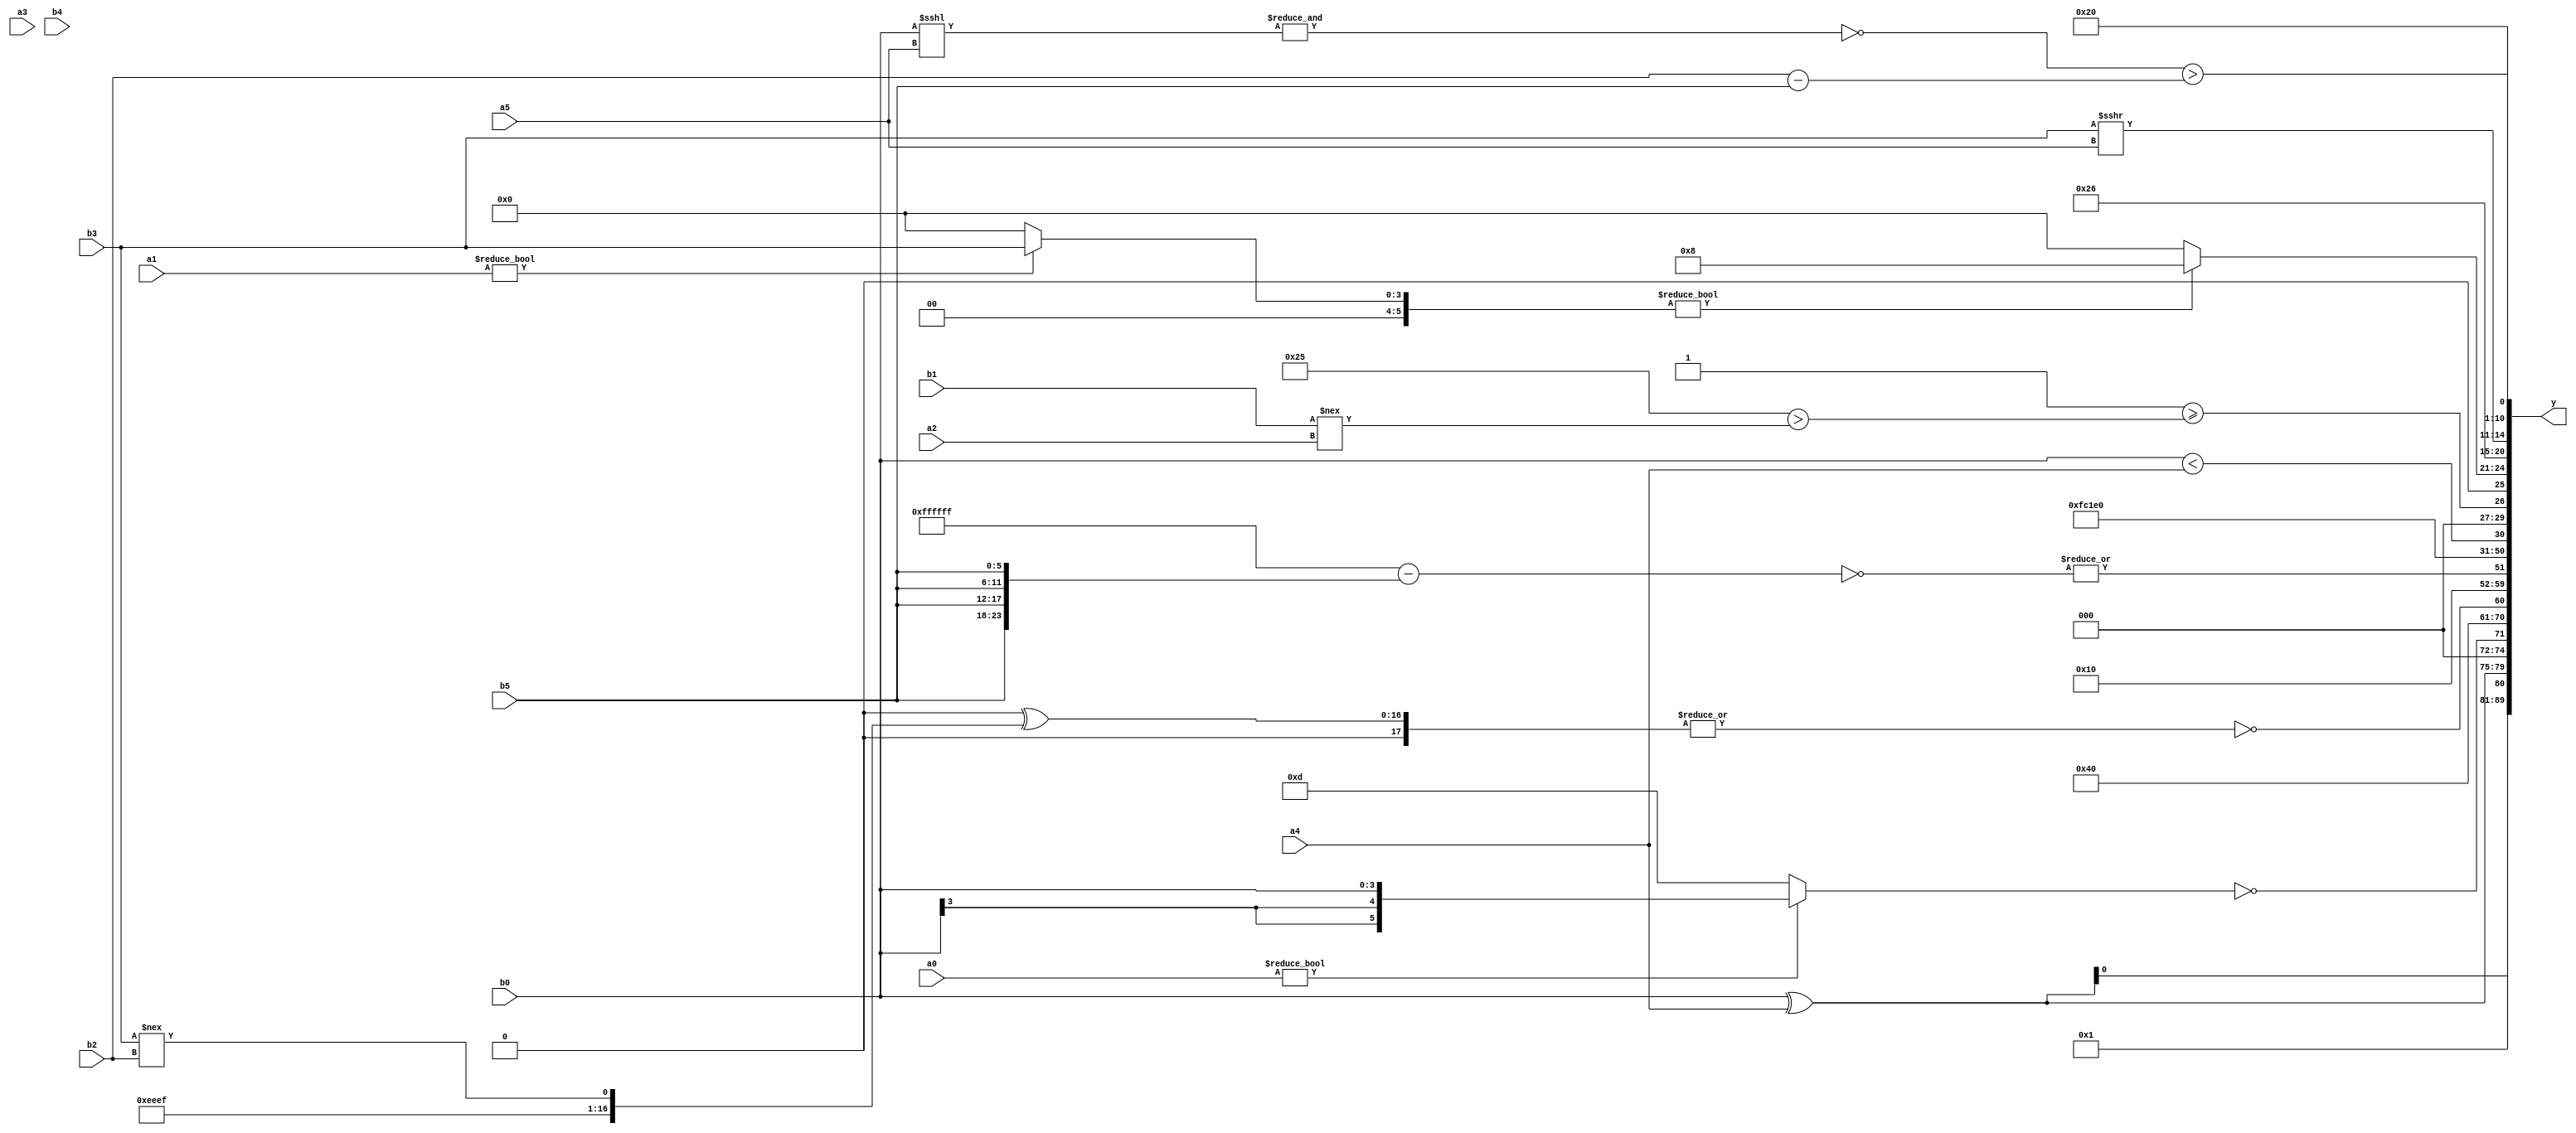
module expression_00048(a0, a1, a2, a3, a4, a5, b0, b1, b2, b3, b4, b5, y);
  input [3:0] a0;
  input [4:0] a1;
  input [5:0] a2;
  input signed [3:0] a3;
  input signed [4:0] a4;
  input signed [5:0] a5;

  input [3:0] b0;
  input [4:0] b1;
  input [5:0] b2;
  input signed [3:0] b3;
  input signed [4:0] b4;
  input signed [5:0] b5;

  wire [3:0] y0;
  wire [4:0] y1;
  wire [5:0] y2;
  wire signed [3:0] y3;
  wire signed [4:0] y4;
  wire signed [5:0] y5;
  wire [3:0] y6;
  wire [4:0] y7;
  wire [5:0] y8;
  wire signed [3:0] y9;
  wire signed [4:0] y10;
  wire signed [5:0] y11;
  wire [3:0] y12;
  wire [4:0] y13;
  wire [5:0] y14;
  wire signed [3:0] y15;
  wire signed [4:0] y16;
  wire signed [5:0] y17;

  output [89:0] y;
  assign y = {y0,y1,y2,y3,y4,y5,y6,y7,y8,y9,y10,y11,y12,y13,y14,y15,y16,y17};

  localparam [3:0] p0 = (^(4'sd1));
  localparam [4:0] p1 = ({((3'd7)?(5'sd12):(2'd3)),{1{(-2'sd1)}}}?{{(-2'sd1)},((3'sd1)==(2'd0))}:{4{(3'd5)}});
  localparam [5:0] p2 = ({(2'd2),(4'd7)}&&((4'd10)>>(4'd8)));
  localparam signed [3:0] p3 = (((4'd8)!==(4'd0))|((3'd6)||(-3'sd2)));
  localparam signed [4:0] p4 = ((2'd1)?(4'd8):(2'sd1));
  localparam signed [5:0] p5 = {2{(3'd3)}};
  localparam [3:0] p6 = (((2'd1)-((-5'sd10)!=(5'sd13)))<=(-(|(~((4'd10)<<<(3'sd1))))));
  localparam [4:0] p7 = ((5'd2 * ((4'd8)^(3'd7)))!=({(5'sd11),(4'd11),(4'sd6)}<=(~^(3'd6))));
  localparam [5:0] p8 = (~|(+((+(4'd2 * (2'd1)))|((5'd14)<(2'd2)))));
  localparam signed [3:0] p9 = (((-3'sd0)?(2'sd0):(4'd1))^(~^(-3'sd0)));
  localparam signed [4:0] p10 = ((-3'sd2)?(2'd2):(5'd22));
  localparam signed [5:0] p11 = (4'd13);
  localparam [3:0] p12 = {3{{4{(2'd3)}}}};
  localparam [4:0] p13 = (!{{(5'd29),(3'd3)},{3{(5'd20)}}});
  localparam [5:0] p14 = (((4'd7)===(2'sd1))*((5'd3)?(5'd29):(2'd1)));
  localparam signed [3:0] p15 = ((-4'sd5)?(4'd7):(((4'd7)?(3'd1):(-4'sd0))<<<((4'sd1)>(4'd5))));
  localparam signed [4:0] p16 = ((2'sd0)&&(3'sd2));
  localparam signed [5:0] p17 = ((2'd1)-(3'd6));

  assign y0 = $unsigned(((~&(~&(4'd2 * p12)))));
  assign y1 = (3'd1);
  assign y2 = $signed({4{{1{((b0^a4))}}}});
  assign y3 = (!($signed(a0)?$signed(b0):(p5>>>p0)));
  assign y4 = (6'd2 * $unsigned((p10>>p6)));
  assign y5 = (~|({3{(~^p17)}}^{{4{p15}},(~&p16),(b3!==b2)}));
  assign y6 = (!{1{$signed(({3{$unsigned((&{4{p15}}))}}))}});
  assign y7 = (|(~$signed(((-5'sd1)-{4{b5}}))));
  assign y8 = (-4'sd1);
  assign y9 = (-(+(~|{$signed({({(|b0),(5'sd6)}),(3'sd3),(5'sd10)})})));
  assign y10 = $unsigned($signed((4'd15)));
  assign y11 = (b0<a4);
  assign y12 = ((^(~&(~|(-5'sd5))))>=((-p5)>(b1!==a2)));
  assign y13 = ($unsigned(((p1<<<p15)||(p17)))?((a1?b3:p8)?(p4):(p8&p6)):$unsigned(((p16?p12:p4)^~(4'd2 * a0))));
  assign y14 = {a0,p5,p1};
  assign y15 = {4{{(+a5),{4{p6}},(b3>>>a5)}}};
  assign y16 = (~&{({p3,p2}==(a1&p13))});
  assign y17 = ((~&(b0<<<a5))>(b2-b5));
endmodule